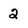
Character: 2